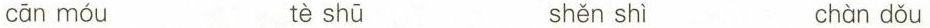
cān móu tè shū shěn shì chàn dǒu